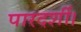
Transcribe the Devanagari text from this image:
पारदर्शी।